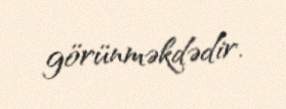
görünməkdədir.